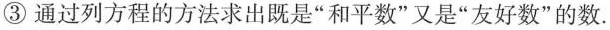
③ 通过列方程的方法求出既是“和平数”又是“友好数”的数.